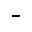
^ { - }